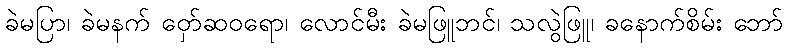
ခဲမပြာ၊ ခဲမနက် ဝှော်ဆဝရော၊ လောင်မီး ခဲမဖြူဘင်၊ သလွဲဖြူ၊ ခနောက်စိမ်း ဘော်